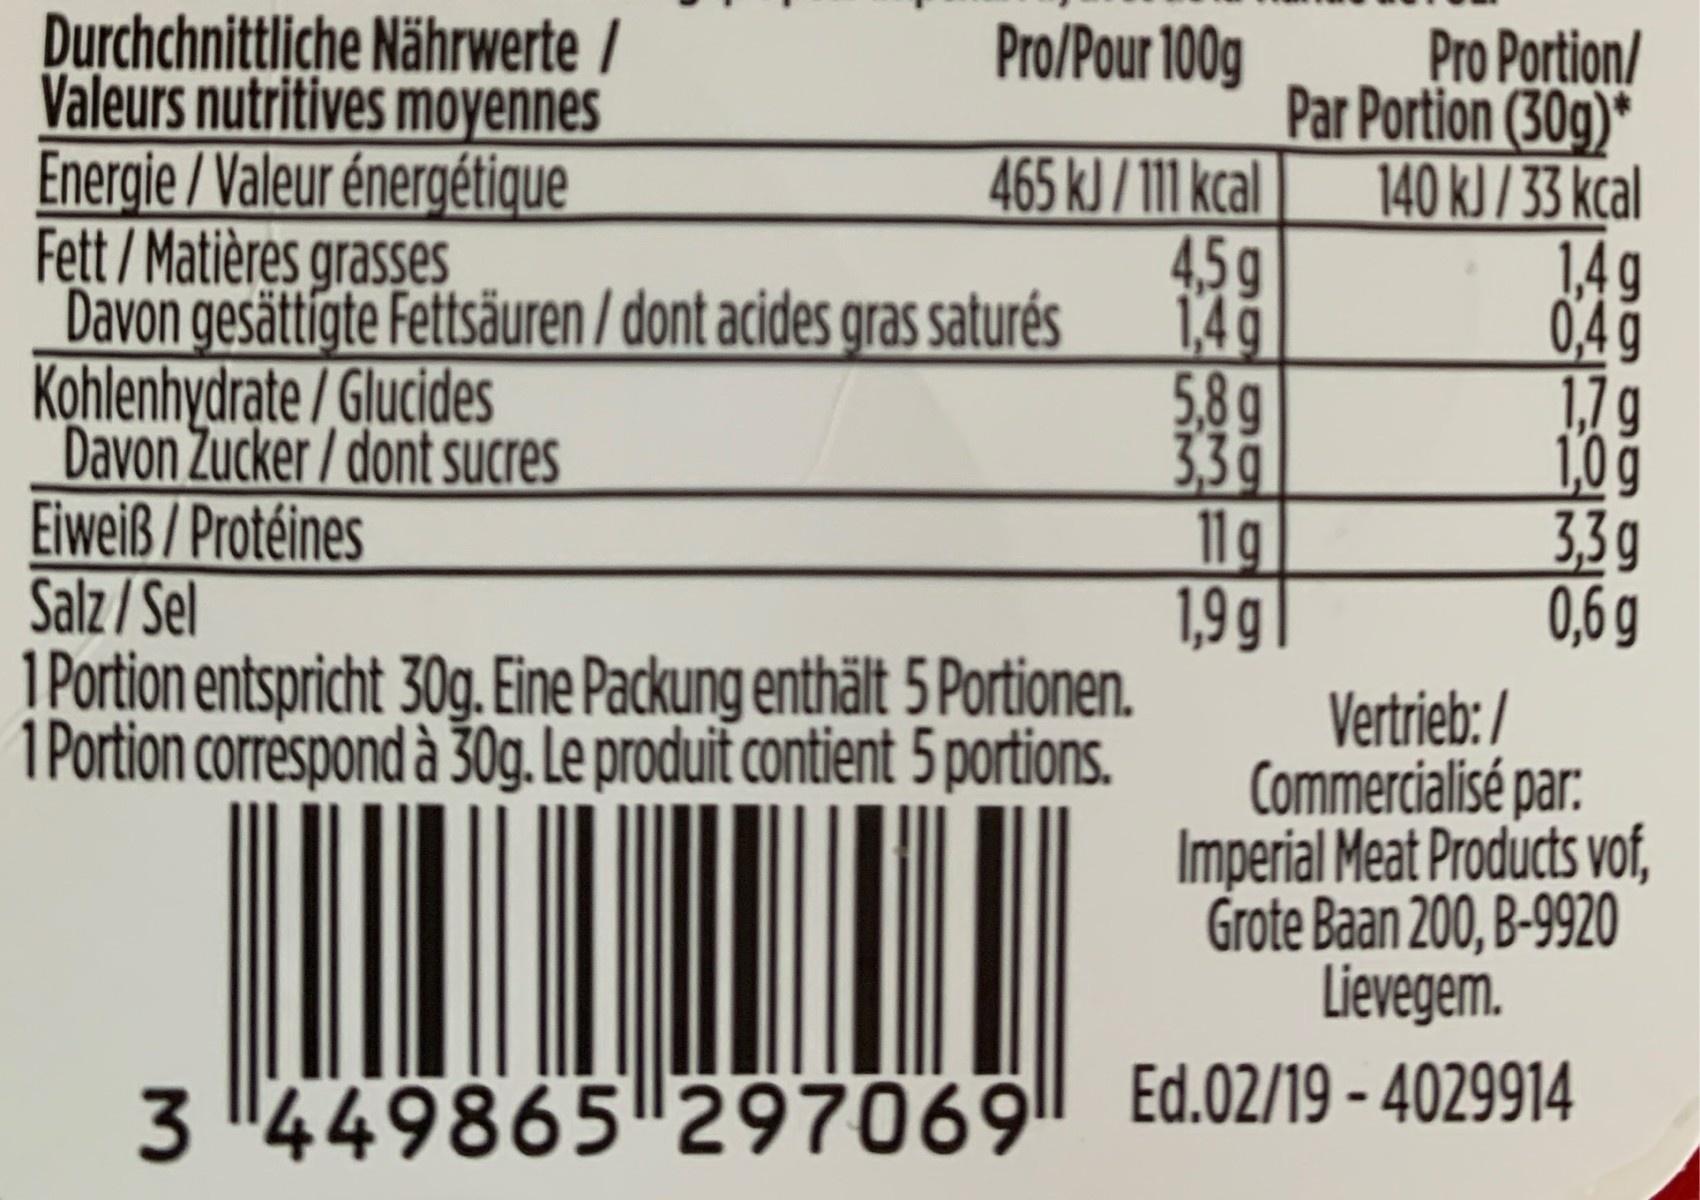
Durchchnittliche Nährwerte / Valeurs nutritives moyennes Energie / Valeur énergétique Fett / Matières grasses Pro/Pour 100g Pro Portion/ Par Portion (30g)* 140 kJ/33 kcal 1,4g 0,4g 1,7g 1,0g 33g 0,6 g 465 k) / 111 kcal 4,5g Davon gesättigte Fettsäuren / dont acides gras saturés 1,4g 5,8g 33g 11g 1,9 g| 1 Portion entspricht 30g. Eine Packung enthält 5 Portionen. 1 Portion correspond à 30g. Le produit contient 5 portions. Kohlenhydrate / Glucides Davon Zucker/ dont sucres Eiweiß / Protéines Salz / Sel Vertrieb: / Commercialisé par: Imperial Meat Products vof, Grote Baan 200, B-9920 Lievegem. 3 "449865297069|| Ed.02/19 - 4029914